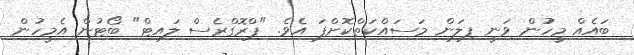
ބައެއް މީހުުން ވަނީ ފިލަން މަސައްކަތްކޮށްފަ އެވެ. "ޕްރޮގްރެސް ލައިޓް" ބޯޓުން އެމީހުން